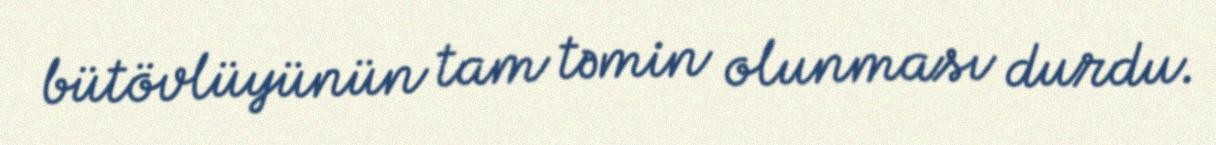
bütövlüyünün tam təmin olunması durdu.